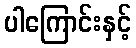
ပါကြောင်းနှင့်